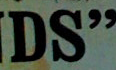
DS"